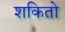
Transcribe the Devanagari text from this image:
शकितो